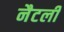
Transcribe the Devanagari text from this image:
नैटली